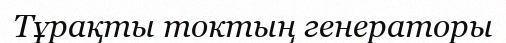
Тұрақты токтың генераторы